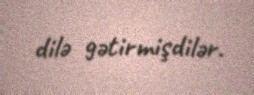
dilə gətirmişdilər.